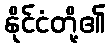
နိုင်ငံတို့၏